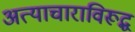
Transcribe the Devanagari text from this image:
अत्याचाराविरूद्ध